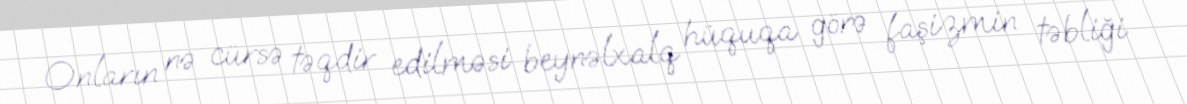
Onların nə cürsə təqdir edilməsi beynəlxalq hüquqa görə faşizmin təbliği